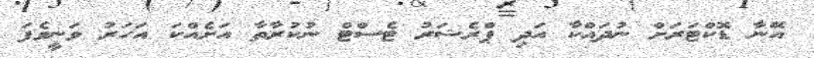
އޭނާ ޑޮކްޓަރަށް ނުދައްކާ އަދި ޕްރެޝަރު ޓެސްްޓް ނުކުރާތާ އަށެއްކަ އަހަރު ވަނީވެފަ